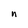
Character: n